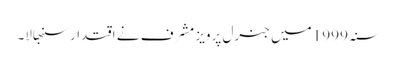
سنہ 1999 میں جنرل پرویز مشرف نے اقتدار سنبھالا۔